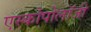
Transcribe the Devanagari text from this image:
एस्कोपोलॉजी